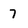
Character: 7